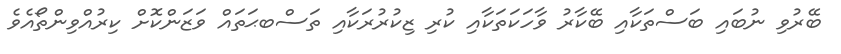
ބޭރުވި ނުބައި ބަސްތަކާއި ބޭކާރު ވާހަކަތަކާއި ކުރި ޒިކުރުރަކާއި ތަސްބޙަތައް ވަޒަންކޮށް ކިރުއްވިންތޯއެވެ